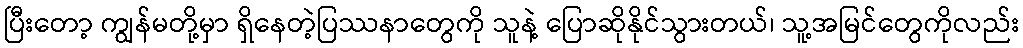
ပြီးတော့ ကျွန်မတို့မှာ ရှိနေတဲ့ပြဿနာတွေကို သူနဲ့ ပြောဆိုနိုင်သွားတယ်၊ သူ့အမြင်တွေကိုလည်း